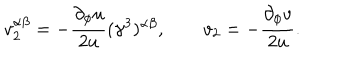
v _ { 2 } ^ { \alpha \beta } = - \frac { \partial _ { \phi } u } { 2 u } ( \gamma ^ { 3 } ) ^ { \alpha \beta } , \qquad v _ { 2 } = - \frac { \partial _ { \phi } v } { 2 u } .